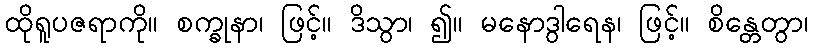
ထိုရူပဇရာကို။ စက္ခုနာ၊ ဖြင့်။ ဒိသွာ၊ ၍။ မနောဒွါရေန၊ ဖြင့်။ စိန္တေတွာ၊